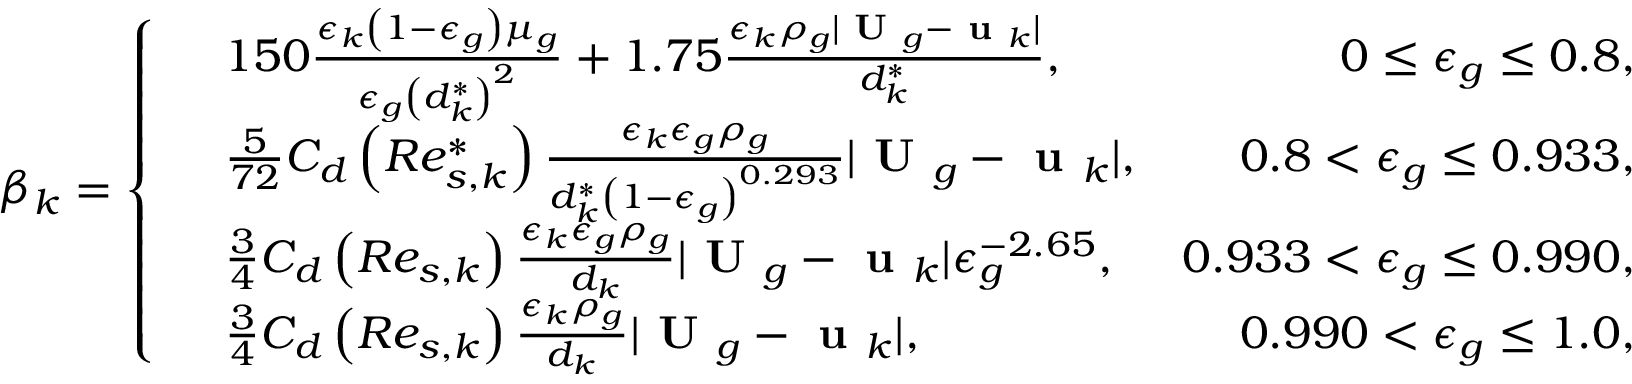
\beta _ { k } = \left\{ \begin{array} { r l r } & { 1 5 0 \frac { \epsilon _ { k } \left( 1 - \epsilon _ { g } \right) \mu _ { g } } { \epsilon _ { g } \left( d _ { k } ^ { * } \right) ^ { 2 } } + 1 . 7 5 \frac { \epsilon _ { k } \rho _ { g } | \textbf { U } _ { g } - \textbf { u } _ { k } | } { d _ { k } ^ { * } } , } & { 0 \le \epsilon _ { g } \le 0 . 8 , } \\ & { \frac { 5 } { 7 2 } C _ { d } \left( R e _ { s , k } ^ { * } \right) \frac { \epsilon _ { k } \epsilon _ { g } \rho _ { g } } { d _ { k } ^ { * } \left( 1 - \epsilon _ { g } \right) ^ { 0 . 2 9 3 } } | \textbf { U } _ { g } - \textbf { u } _ { k } | , } & { 0 . 8 < \epsilon _ { g } \le 0 . 9 3 3 , } \\ & { \frac { 3 } { 4 } C _ { d } \left( R e _ { s , k } \right) \frac { \epsilon _ { k } \epsilon _ { g } \rho _ { g } } { d _ { k } } | \textbf { U } _ { g } - \textbf { u } _ { k } | \epsilon _ { g } ^ { - 2 . 6 5 } , } & { 0 . 9 3 3 < \epsilon _ { g } \le 0 . 9 9 0 , } \\ & { \frac { 3 } { 4 } C _ { d } \left( R e _ { s , k } \right) \frac { \epsilon _ { k } \rho _ { g } } { d _ { k } } | \textbf { U } _ { g } - \textbf { u } _ { k } | , } & { 0 . 9 9 0 < \epsilon _ { g } \le 1 . 0 , } \end{array} \right.